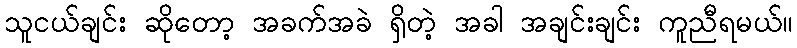
သူငယ်ချင်း ဆိုတော့ အခက်အခဲ ရှိတဲ့ အခါ အချင်းချင်း ကူညီရမယ်။